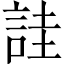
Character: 詿